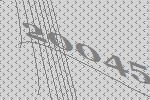
20045